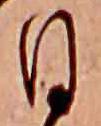
日